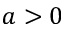
a > 0